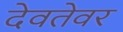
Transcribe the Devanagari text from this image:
देवतेवर